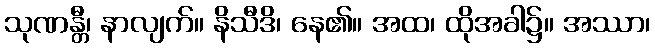
သုဏန္တီ၊ နာလျက်။ နိသီဒိ၊ နေ၏။ အထ၊ ထိုအခါ၌။ အဿာ၊